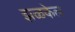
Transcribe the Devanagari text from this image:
झळकेल